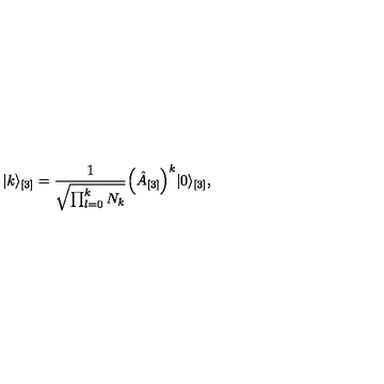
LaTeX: \vert k \rangle _ { [ 3 ] } = \frac { 1 } { \sqrt { \prod _ { l = 0 } ^ { k } N _ { k } } } \Bigl ( \hat { A } _ { [ 3 ] } \Bigr ) ^ { k } \vert 0 \rangle _ { [ 3 ] } ,